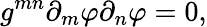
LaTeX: g^{mn}\partial_{m}\varphi\partial_{n}\varphi=0,